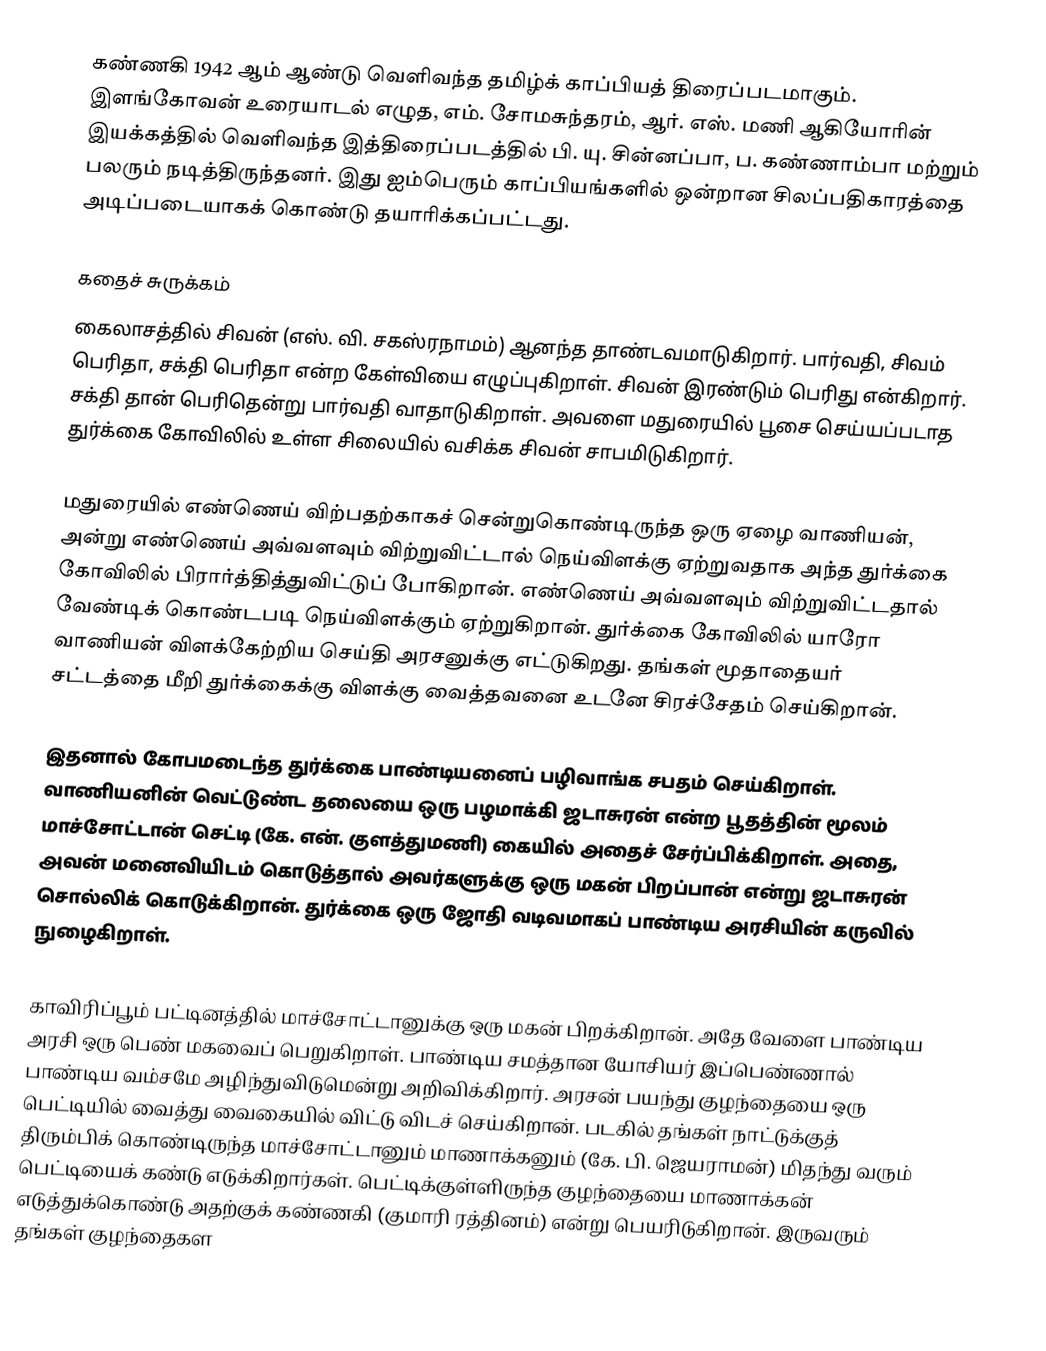
கண்ணகி 1942 ஆம் ஆண்டு வெளிவந்த தமிழ்க் காப்பியத் திரைப்படமாகும். இளங்கோவன் உரையாடல் எழுத, எம். சோமசுந்தரம், ஆர். எஸ். மணி ஆகியோரின் இயக்கத்தில் வெளிவந்த இத்திரைப்படத்தில் பி. யு. சின்னப்பா, ப. கண்ணாம்பா மற்றும் பலரும் நடித்திருந்தனர். இது ஐம்பெரும் காப்பியங்களில் ஒன்றான சிலப்பதிகாரத்தை அடிப்படையாகக் கொண்டு தயாரிக்கப்பட்டது.

கதைச் சுருக்கம்
கைலாசத்தில் சிவன் (எஸ். வி. சகஸ்ரநாமம்) ஆனந்த தாண்டவமாடுகிறார். பார்வதி, சிவம் பெரிதா, சக்தி பெரிதா என்ற கேள்வியை எழுப்புகிறாள். சிவன் இரண்டும் பெரிது என்கிறார். சக்தி தான் பெரிதென்று பார்வதி வாதாடுகிறாள். அவளை மதுரையில் பூசை செய்யப்படாத துர்க்கை கோவிலில் உள்ள சிலையில் வசிக்க சிவன் சாபமிடுகிறார்.

மதுரையில் எண்ணெய் விற்பதற்காகச் சென்றுகொண்டிருந்த ஒரு ஏழை வாணியன், அன்று எண்ணெய் அவ்வளவும் விற்றுவிட்டால் நெய்விளக்கு ஏற்றுவதாக அந்த துர்க்கை கோவிலில் பிரார்த்தித்துவிட்டுப் போகிறான். எண்ணெய் அவ்வளவும் விற்றுவிட்டதால் வேண்டிக் கொண்டபடி நெய்விளக்கும் ஏற்றுகிறான். துர்க்கை கோவிலில் யாரோ வாணியன் விளக்கேற்றிய செய்தி அரசனுக்கு எட்டுகிறது. தங்கள் மூதாதையர் சட்டத்தை மீறி துர்க்கைக்கு விளக்கு வைத்தவனை உடனே சிரச்சேதம் செய்கிறான்.

இதனால் கோபமடைந்த துர்க்கை பாண்டியனைப் பழிவாங்க சபதம் செய்கிறாள். வாணியனின் வெட்டுண்ட தலையை ஒரு பழமாக்கி ஜடாசுரன் என்ற பூதத்தின் மூலம் மாச்சோட்டான் செட்டி (கே. என். குளத்துமணி) கையில் அதைச் சேர்ப்பிக்கிறாள். அதை, அவன் மனைவியிடம் கொடுத்தால் அவர்களுக்கு ஒரு மகன் பிறப்பான் என்று ஜடாசுரன் சொல்லிக் கொடுக்கிறான். துர்க்கை ஒரு ஜோதி வடிவமாகப் பாண்டிய அரசியின் கருவில் நுழைகிறாள்.

காவிரிப்பூம் பட்டினத்தில் மாச்சோட்டானுக்கு ஒரு மகன் பிறக்கிறான். அதே வேளை பாண்டிய அரசி ஒரு பெண் மகவைப் பெறுகிறாள். பாண்டிய சமத்தான யோசியர் இப்பெண்ணால் பாண்டிய வம்சமே அழிந்துவிடுமென்று அறிவிக்கிறார். அரசன் பயந்து குழந்தையை ஒரு பெட்டியில் வைத்து வைகையில் விட்டு விடச் செய்கிறான். படகில் தங்கள் நாட்டுக்குத் திரும்பிக் கொண்டிருந்த மாச்சோட்டானும் மாணாக்கனும் (கே. பி. ஜெயராமன்) மிதந்து வரும் பெட்டியைக் கண்டு எடுக்கிறார்கள். பெட்டிக்குள்ளிருந்த குழந்தையை மாணாக்கன் எடுத்துக்கொண்டு அதற்குக் கண்ணகி (குமாரி ரத்தினம்) என்று பெயரிடுகிறான். இருவரும் தங்கள் குழந்தைகள